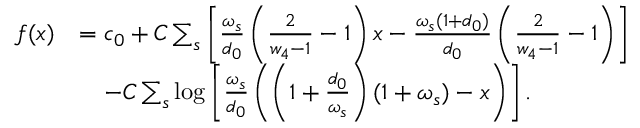
\begin{array} { r l } { f ( x ) } & { = c _ { 0 } + C \sum _ { s } \left[ \frac { \omega _ { s } } { d _ { 0 } } \left( \frac { 2 } { w _ { 4 } - 1 } - 1 \right) x - \frac { \omega _ { s } ( 1 + d _ { 0 } ) } { d _ { 0 } } \left( \frac { 2 } { w _ { 4 } - 1 } - 1 \right) \right] } \\ & { ~ ~ ~ - C \sum _ { s } \log \left[ \frac { \omega _ { s } } { d _ { 0 } } \left( \left( 1 + \frac { d _ { 0 } } { \omega _ { s } } \right) ( 1 + \omega _ { s } ) - x \right) \right] . } \end{array}